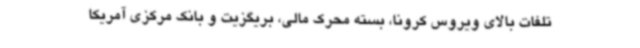
تلفات بالای ویروس کرونا، بسته محرک مالی، بریگزیت و بانک مرکزی آمریکا